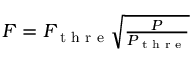
\begin{array} { r } { F = F _ { \textrm { t h r e } } \sqrt { \frac { P } { P _ { \textrm { t h r e } } } } } \end{array}